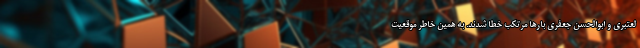
لعتبری و ابوالحسن جعفری بارها مرتکب خطا شدند. به همین خاطر موقعیت